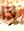
إذا